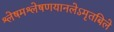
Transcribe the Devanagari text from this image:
श्लेषमश्लेषणयानलेऽमृतबिले